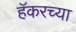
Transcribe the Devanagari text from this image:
हॅकरच्या